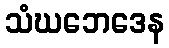
သံဃဘေဒေန